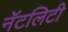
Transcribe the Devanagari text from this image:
नॅटलिटी